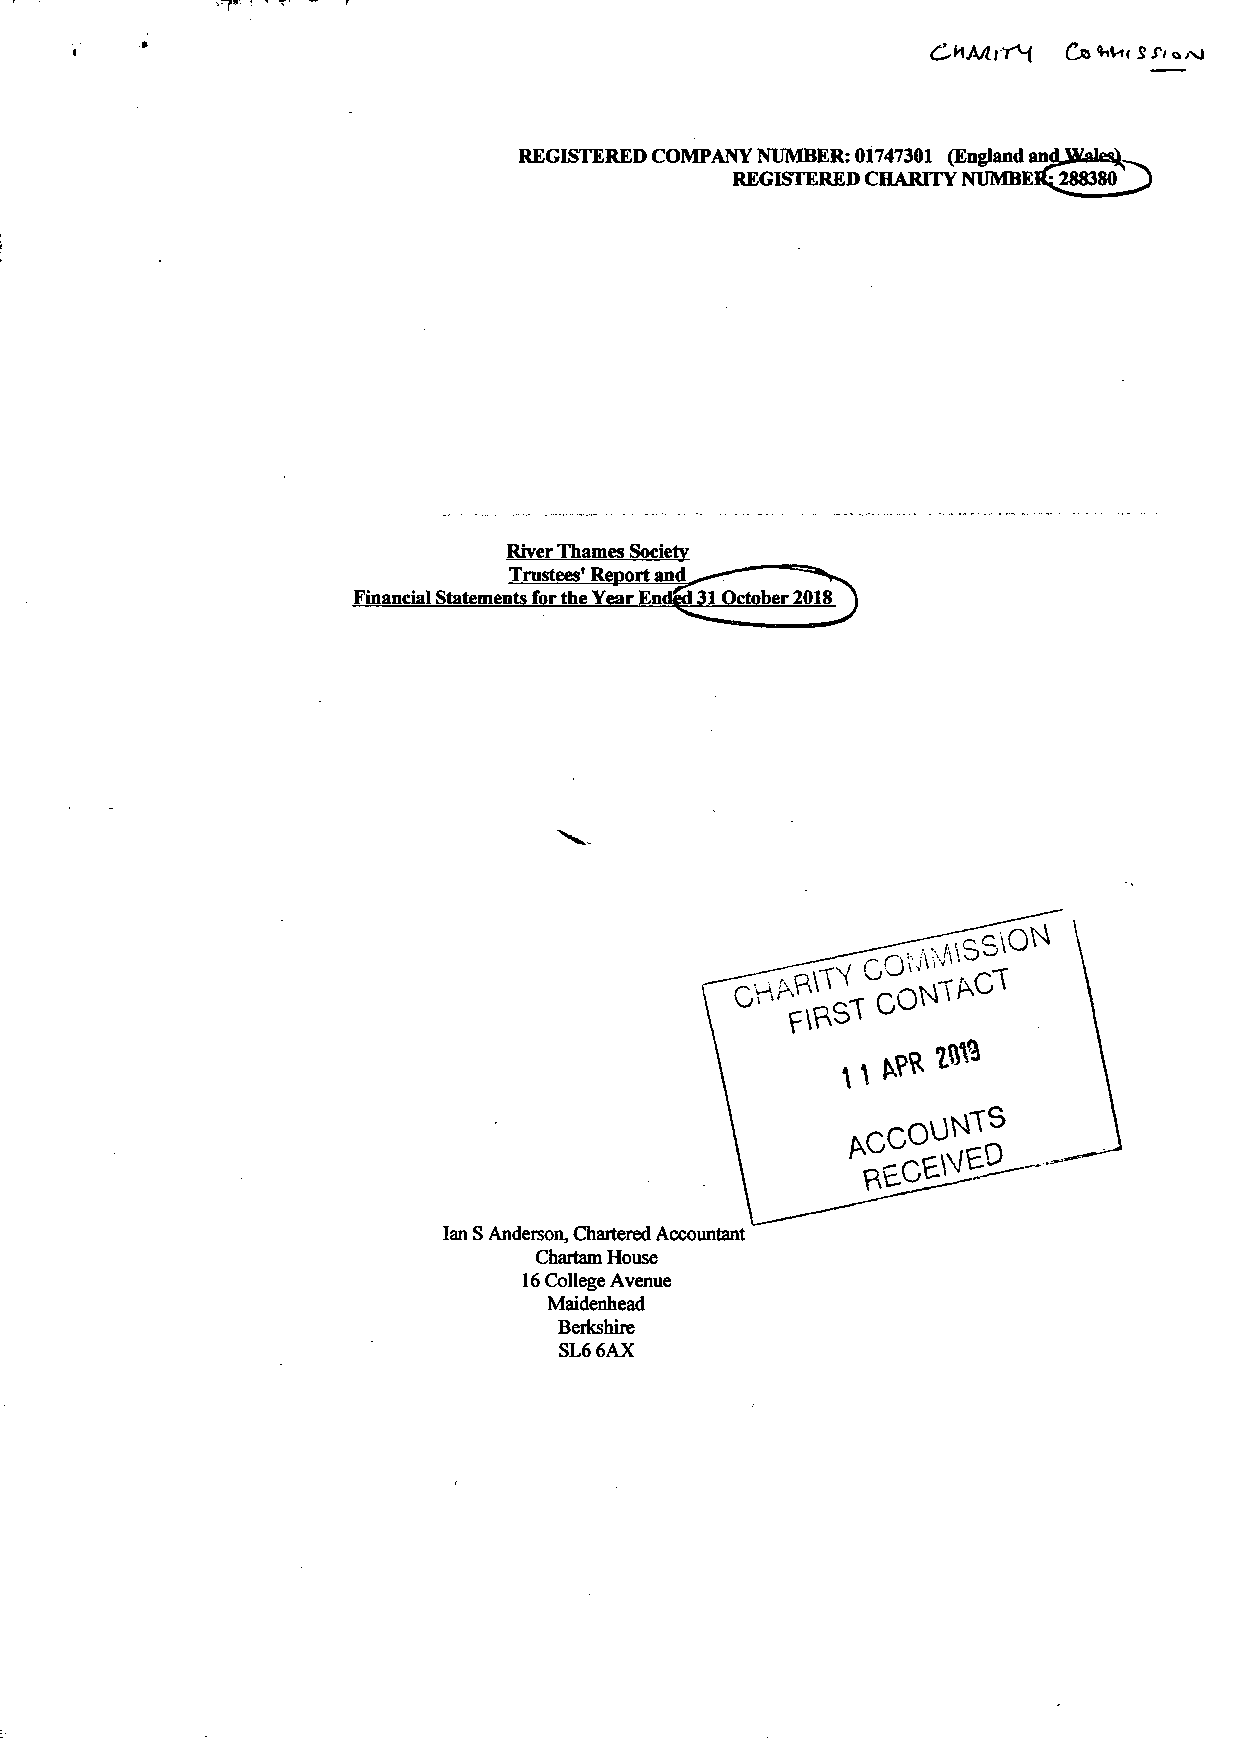
REGISTERED COMPANY NUMBER: 01747301 (England and
 REGISTERED CHARITY NUMBER^288380
 River Thames Society
 Trustees' Report and
 Financial Statements for the Year Em
 cm
 Ian S Anderson, Chartered Accountant
 Chartam House
 16 College Avenue
 Maidenhead
 Berkshire
 SL6 6AX